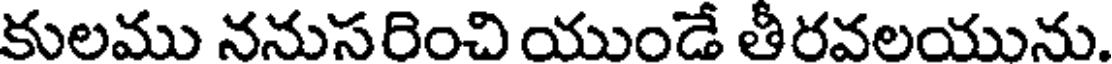
కులము ననుసరించి యుండే తీరవలయును.